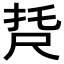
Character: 𡱩